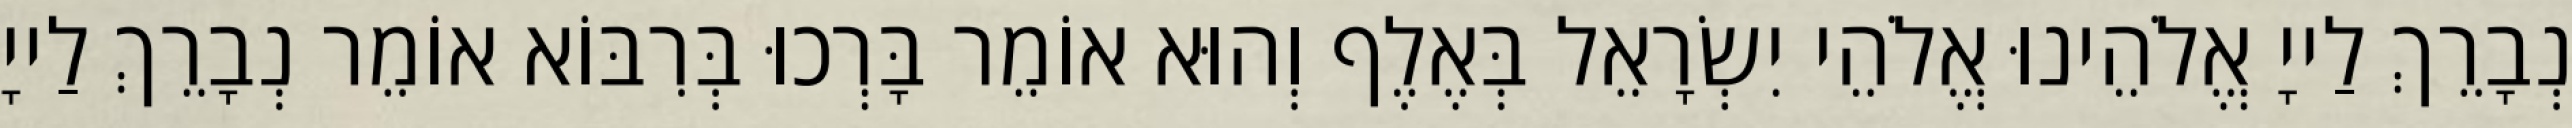
נְבָרֵךְ לַייָ אֱלֹהֵינוּ אֱלֹהֵי יִשְׂרָאֵל בְּאֶלֶף וְהוּא אוֹמֵר בָּרְכוּ בְּרִבּוֹא אוֹמֵר נְבָרֵךְ לַייָ